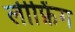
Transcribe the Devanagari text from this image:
लीफ़िंग